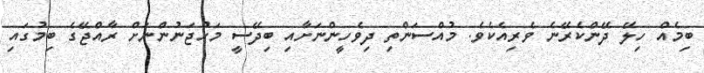
ބިމެއް ހިލޭ ދޭންކެރޭނެ ވެރިއެކެވެ. މުއްސަންތި ދިވެހީންނަށާއި ބިދޭސީ މަހުޖަނުންނަށް ރާއްޖޭގެ ބިމުގައި